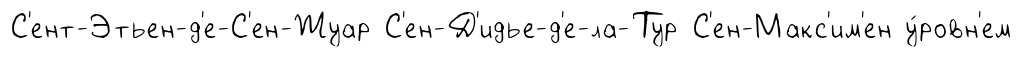
С'ент-Этьен-д'е-С'ен-Жуар С'ен-Д'идье-д'е-ла-Тур С'ен-Макс'им'ен у́ровн'ем